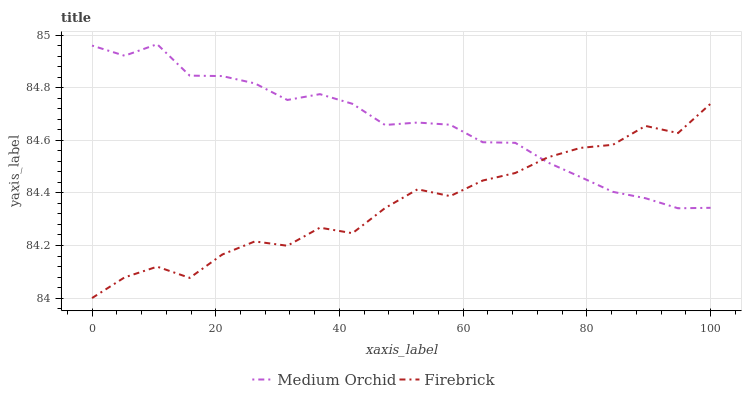
| xaxis_label | Medium Orchid | Firebrick |
 | --- | --- | --- |
 | 0 | 85 | 84 |
 | 5.26 | 84.9 | 84.1 |
 | 10.5 | 85 | 84.1 |
 | 15.8 | 84.8 | 84.1 |
 | 21.1 | 84.8 | 84.2 |
 | 26.3 | 84.8 | 84.2 |
 | 31.6 | 84.8 | 84.2 |
 | 36.8 | 84.8 | 84.3 |
 | 42.1 | 84.7 | 84.2 |
 | 47.4 | 84.7 | 84.3 |
 | 52.6 | 84.7 | 84.4 |
 | 57.9 | 84.7 | 84.4 |
 | 63.2 | 84.6 | 84.4 |
 | 68.4 | 84.6 | 84.5 |
 | 73.7 | 84.5 | 84.5 |
 | 78.9 | 84.5 | 84.6 |
 | 84.2 | 84.4 | 84.6 |
 | 89.5 | 84.4 | 84.7 |
 | 94.7 | 84.3 | 84.6 |
 | 100 | 84.3 | 84.7 |